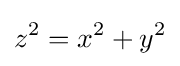
z^{2}=x^{2}+y^{2}